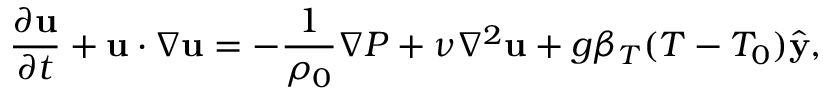
\frac { \partial \mathbf { u } } { \partial t } + \mathbf { u } \cdot \nabla \mathbf { u } = - \frac { 1 } { \rho _ { 0 } } \nabla P + \nu \nabla ^ { 2 } \mathbf { u } + g \beta _ { T } ( T - T _ { 0 } ) \hat { \mathbf { y } } ,